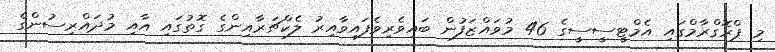
މި ޕްރޮގްރާމްގައި އެމްޓީސީސީގެ 46 މުވައްޒަފުން ބައިވެރިވެފައިވާއިރު ލެކްޗަރާއިންގެ ގޮތުގައި އާއި މުދައްރިސުންގެ